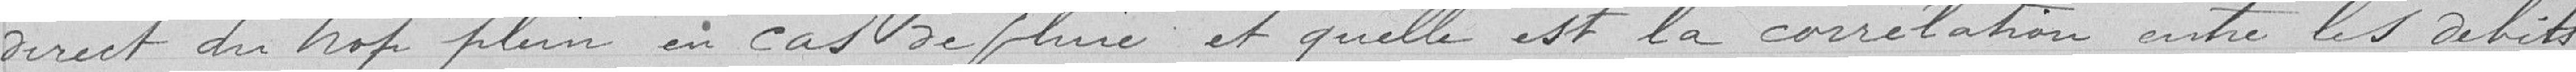
direct du trop plein en cas de pluie et quelle est la corrélation entre les débits